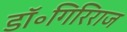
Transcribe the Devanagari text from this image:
डॉ॰गिरिराज